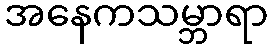
အနေကသမ္ဘာရာ